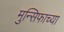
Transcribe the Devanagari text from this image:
मुन्सिफाच्या